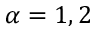
\alpha = 1 , 2